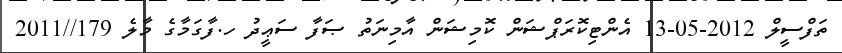
ތަފްސީލް 2012-05-13 އެންޓިކޮރަޕްޝަން ކޮމިޝަން އާމިނަތު ޞަފާ ސަޢީދު ހ.ފާގަމާގެ މާލެ 179//2011